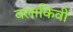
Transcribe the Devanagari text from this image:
वलाकिवी